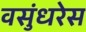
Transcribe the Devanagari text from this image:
वसुंधरेस